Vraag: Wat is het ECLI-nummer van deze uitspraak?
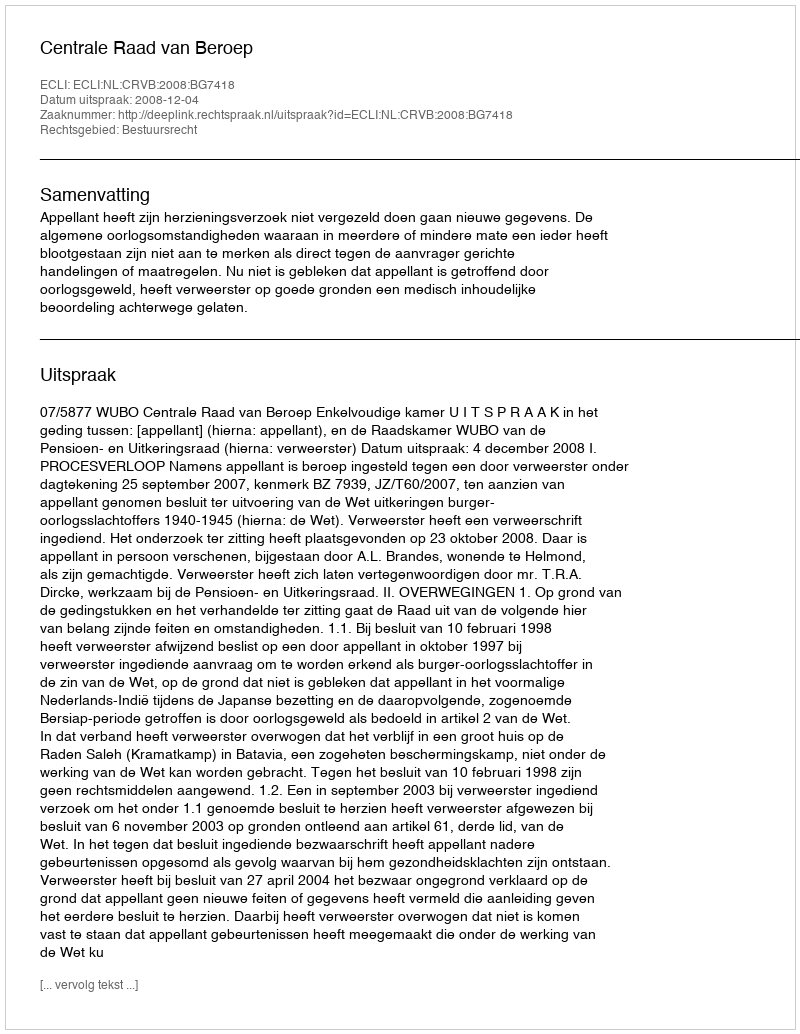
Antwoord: ECLI:NL:CRVB:2008:BG7418